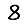
Digit: 8